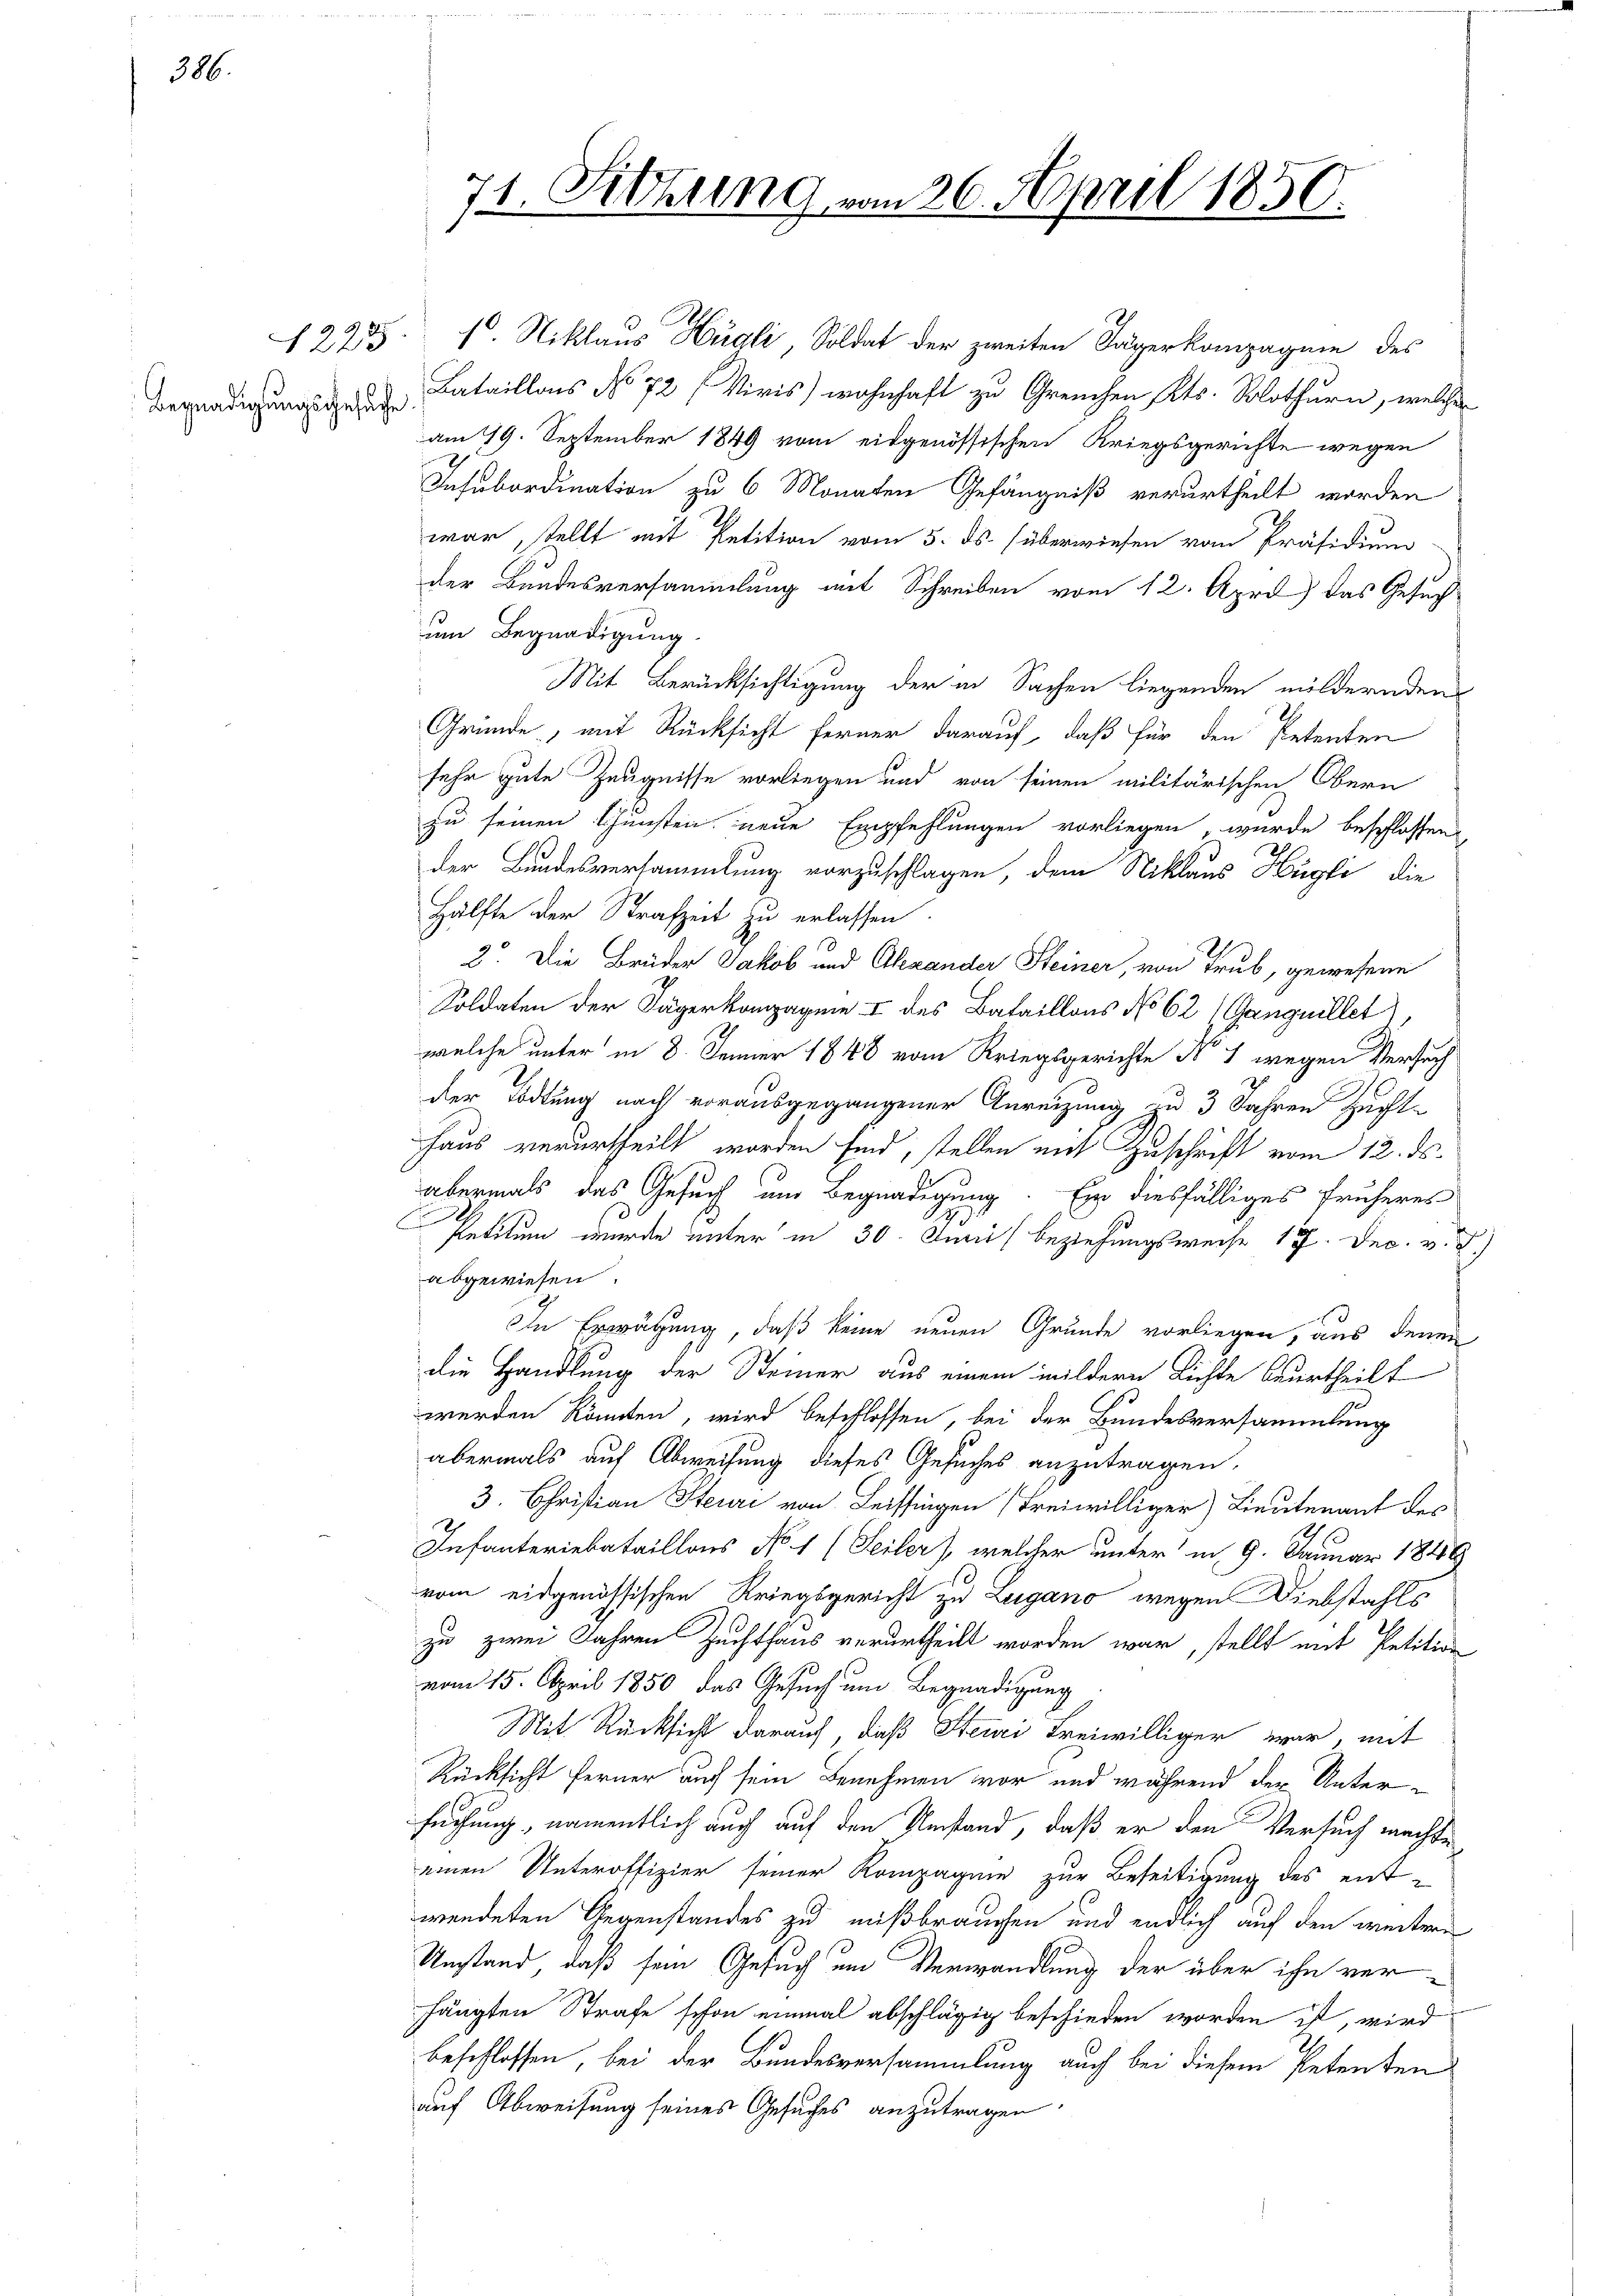
386.

Begnadigungsgesuche.

71. Sitzung vom 26. April 1850.

1225 1 Niklaus Hügli, Soldat der zweiten Jägerkompagnie des
Bataillons No 72 (Viris) wohnhaft zu Greuchen Kts. Solothurn, welche
am 19. September 1849 vom eidgenössischen Kriegsgerichte wegen
Insubordination zu 6 Monaten Gefängniß verurtheilt worden
war, stellt mit Petition vom 5. ds. überwiesen vom Präsidium
der Bundesversammlung mit Schreiben vom 12. April das Gesuch
um Begnadigung.
Mit Berücksichtigung der in Sachen liegenden mildernden
Gründe, mit Rücksicht ferner darauf, daß für den Petenten
sehr gute Zeugnisse vorliegen und von seinen militärischen Obern
zu seinen Chunsten neue Empfehlungen vorliegen, wurde beschlossen,
der Bundesversammlung vorzuschlagen, dem Niklaus Hügli, die
Hälfte der Strafzeit zu erlassen
2. Die Brüder Jakob und Alexander Steiner, von Trub, gewesene
Soldaten der Lägerkompagnie I des Bataillons No 62 (Ganquillet,
welche unter in 8. Jenner 1848 vom Kriegsgerichte No 1 wegen Versuch
der Tödtung nach vorausgegangener Anreizung zu 3 Jahren Zucht-
haus verurtheilt worden sind, stellen mit Zuschrift vom 12. ds.
abermals das Gesuch um Begnadigung. Er diesfälliges früheres
Petitum wurde unter in 30. Junis beziehungsweise 177. Dec. v.
abgewiesen.
In Erwägung, daß keine neuen Grunde vorliegen, aus denen
die Handlung der Steiner aus einem mildern Lichte beurtheilt
werden könnten, wird beschlossen, bei der Bundesversammlung
abermals auf Abweisung dieses Gesuches anzutragen.
3. Christian Steure von Leistingen (Freiwilliger) Lieutenant des
Infanteriebataillons No 1 (Seiler, welcher unter in 9. Januar 1849
vom eidgenössischen Kriegsgericht zu Lugano wegen Diebstahls
zu zwei Jahren Zuchthaus verurtheilt worden war, stellt mit Petition
vom 15. April 1850 das Gesuch um Begnadigung
Mit Rücksicht darauf, daß Steiri freiwilliger war, mit
Rücksicht ferner auch sein Benehmen vor und während der Untersuchung, namentlich auch auf den Umstand, daß er den Versuch machte
einen Unteroffizier seiner Kompagnie zur Beseitigung des ent-
wendeten Gegenstandes zu mißbrauchen und endlich auf den weitern
Umstand, daß sein Gesuch um Verwandlung der über ihn verhängten Strafe schon einmal abschlägig beschieden worden ist, wird
beschlossen, bei der Bundesversammlung auch bei diesem Petenten
auf Abweisung seines Gesuches anzutragen.